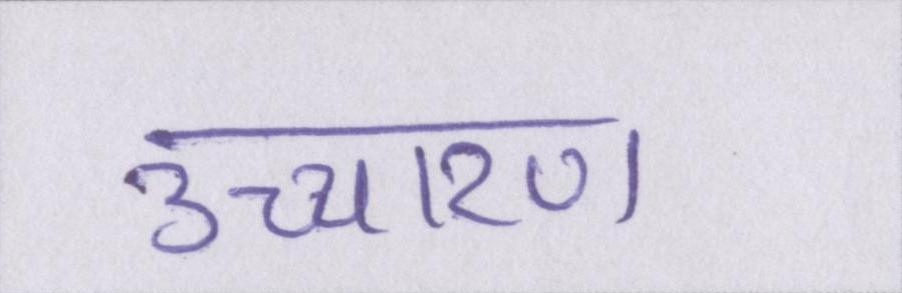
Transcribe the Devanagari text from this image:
उच्चारण